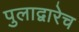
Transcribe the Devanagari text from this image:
पुलाद्वारेच